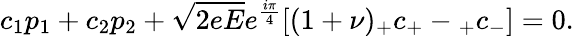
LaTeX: c_{1}p_{1}+c_{2}p_{2}+\sqrt{2eE}e^{\frac{i\pi}{4}}[(1+\nu){}_{+}c_{+}-{}_{+}c_{-}]=0.